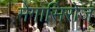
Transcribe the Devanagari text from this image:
मेगासिरोज